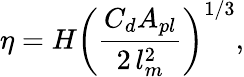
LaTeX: \eta=H\left(\frac{C_{d}A_{pl}}{2\, l_{m}^{2}}\right)^{1/3},